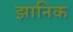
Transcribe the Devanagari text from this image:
झानिक